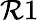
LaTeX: \mathcal{R}1